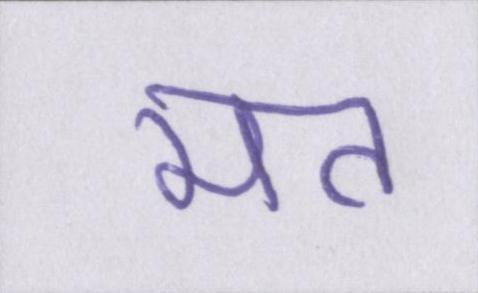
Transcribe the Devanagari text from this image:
मत